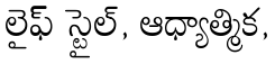
లైఫ్ స్టైల్, ఆధ్యాత్మిక,